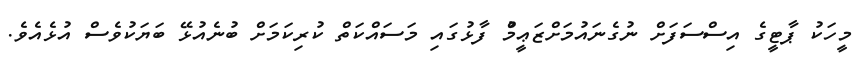
މީހަކު ޕާޓީގެ އިސްސަފަށް ނުގެނައުމަށްޒަޢީމްު ފާޅުގައި މަސައްކަތް ކުރިކަމަށް ބުނެއުޅޭ ބަޔަކުވެސް އުޅެއެވެ.